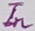
Text: In